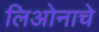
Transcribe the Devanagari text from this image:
लिओनाचे